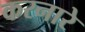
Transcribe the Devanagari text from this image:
करनारे